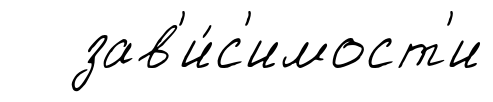
зав'и́с'имост'и